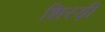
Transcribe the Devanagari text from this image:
शिरड़ी